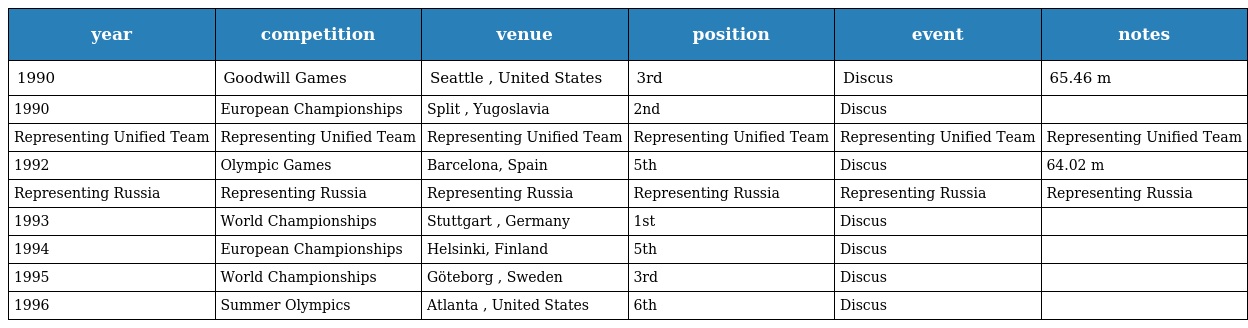
| year | competition | venue | position | event | notes |
 | --- | --- | --- | --- | --- | --- |
 | 1990 | Goodwill Games | Seattle , United States | 3rd | Discus | 65.46 m |
 | 1990 | European Championships | Split , Yugoslavia | 2nd | Discus |  |
 | Representing Unified Team | Representing Unified Team | Representing Unified Team | Representing Unified Team | Representing Unified Team | Representing Unified Team |
 | 1992 | Olympic Games | Barcelona, Spain | 5th | Discus | 64.02 m |
 | Representing Russia | Representing Russia | Representing Russia | Representing Russia | Representing Russia | Representing Russia |
 | 1993 | World Championships | Stuttgart , Germany | 1st | Discus |  |
 | 1994 | European Championships | Helsinki, Finland | 5th | Discus |  |
 | 1995 | World Championships | Göteborg , Sweden | 3rd | Discus |  |
 | 1996 | Summer Olympics | Atlanta , United States | 6th | Discus |  |